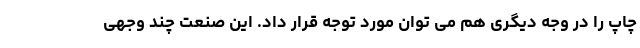
چاپ را در وجه دیگری هم می توان مورد توجه قرار داد. این صنعت چند وجهی